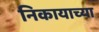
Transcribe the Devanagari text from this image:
निकायाच्या